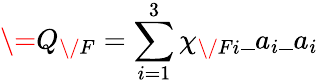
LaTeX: \= Q_{\/ F}=\sum_{i=1}^{3}\chi_{{\/ F}i}\_ a_{i}\_ a_{i}